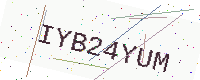
Text: IYB24YUM